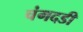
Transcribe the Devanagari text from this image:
चंगदडी